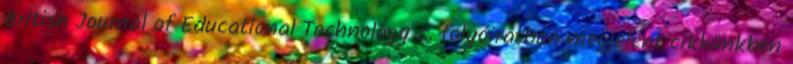
British Journal of Educational Technology c. folyóiratban megjelent cikkünkben